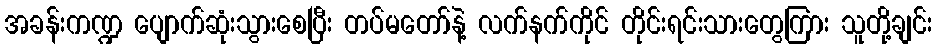
အခန်းကဏ္ဍ ပျောက်ဆုံးသွားစေပြီး တပ်မတော်နဲ့ လက်နက်ကိုင် တိုင်းရင်းသားတွေကြား သူတို့ချင်း